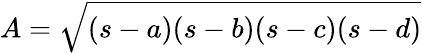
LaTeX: A={\sqrt{(s-a)(s-b)(s-c)(s-d)}}